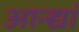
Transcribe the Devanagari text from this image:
आन्द्यां